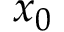
x _ { 0 }